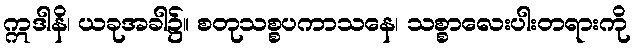
ဣဒါနိ၊ ယခုအခါ၌။ စတုသစ္စပကာသနေ၊ သစ္စာလေးပါးတရားကို